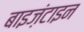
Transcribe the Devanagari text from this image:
बाइज़ंटाइन